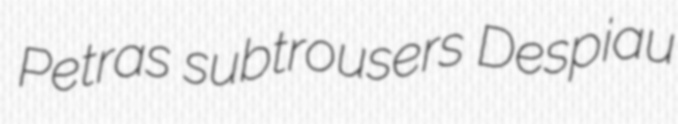
Petras subtrousers Despiau